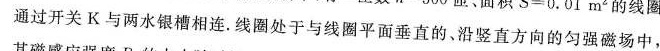
通过开关K与两水银槽相连。线圈处于与线圈平面垂直的，沿竖直方向的匀强磁场中，